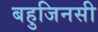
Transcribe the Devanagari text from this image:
बहुजिनसी